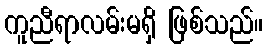
ကူညီရာလမ်းမရှိ ဖြစ်သည်။